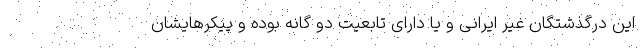
اين درگذشتگان غير ايرانی و يا دارای تابعيت دو گانه بوده و پيكرهايشان